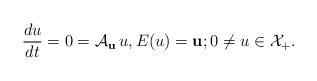
LaTeX: \begin{align*}\frac{d u}{d t}=0=\mathcal{A}_{\bf u}\, u,E(u)={\bf u};0\ne u\in\mathcal{X}_+.\end{align*}